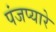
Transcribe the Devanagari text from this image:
पंजप्यारे